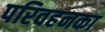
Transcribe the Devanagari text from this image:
परिवहनका